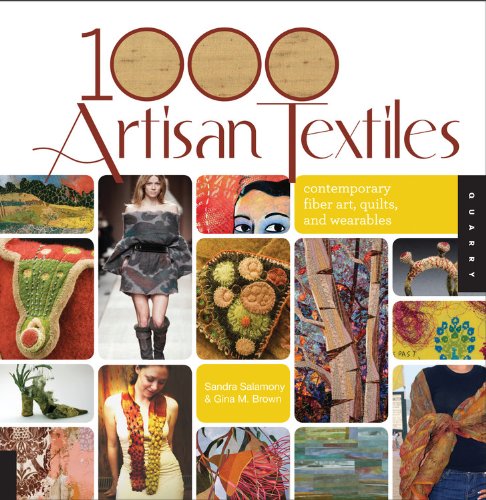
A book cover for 1,000 Artisan Textiles: Contemporary Fiber Art, Quilts, and Wearables; Gina M Brown; Crafts, Hobbies & Home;